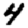
Digit: 4